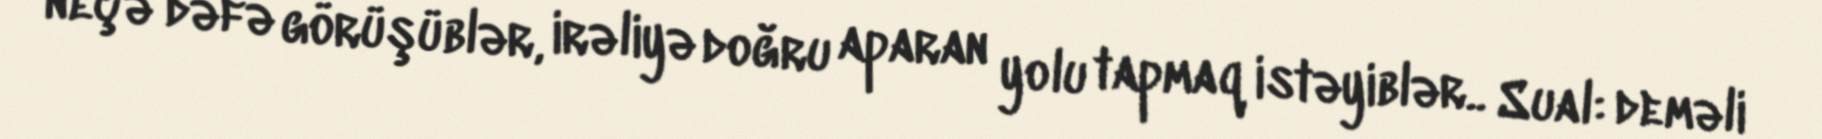
neçə dəfə görüşüblər, irəliyə doğru aparan yolu tapmaq istəyiblər.. Sual: deməli